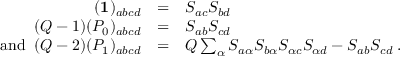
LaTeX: \begin{array} { r c l } { { ( { \bf 1 } ) _ { a b c d } } } & { { = } } & { { S _ { a c } S _ { b d } } } \\ { { ( Q - 1 ) ( P _ { 0 } ) _ { a b c d } } } & { { = } } & { { S _ { a b } S _ { c d } } } \\ { { \mathrm { a n d \; \; } ( Q - 2 ) ( P _ { 1 } ) _ { a b c d } } } & { { = } } & { { Q \sum _ { \alpha } S _ { a \alpha } S _ { b \alpha } S _ { \alpha c } S _ { \alpha d } - S _ { a b } S _ { c d } \; . } } \end{array}